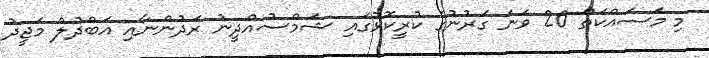
މި މަސައްކަތް 20 ވަނަ ގަރުނުގެ ކުރީކޮޅުގައި ޝަމްސުއްދީނު ރަދުންނާއި އަބްދުލް މަޖީދު